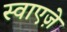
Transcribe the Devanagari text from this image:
स्वाएज़े